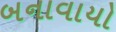
બનાવાયો